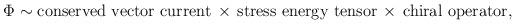
LaTeX: \begin{align*}\Phi \sim \mbox{conserved vector current} \, \times \, \mbox{stress energy tensor} \, \times \, \mbox{chiral operator},\end{align*}